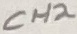
Text: CH2